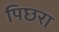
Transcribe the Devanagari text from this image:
पिछरा